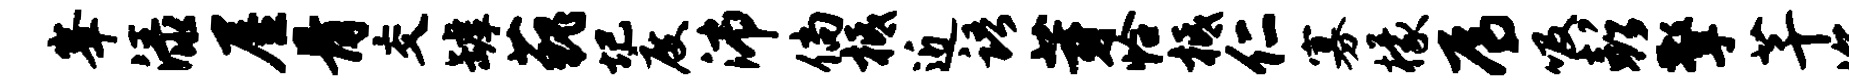
峰渌屋骨交罅藐圮度沛倘柢近语芽恰柢仁寡檬焉吸彭擎芊溟